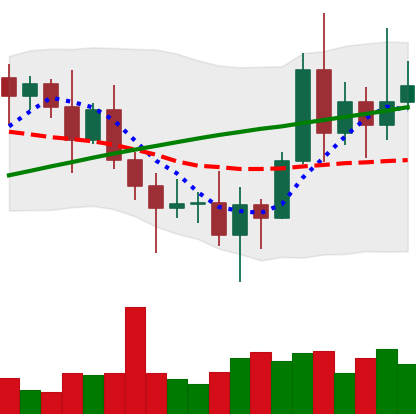
Ticker: XRP-USD
Chart end date: 2020-11-11
Forward return: 11.418%
Label: up_7plus